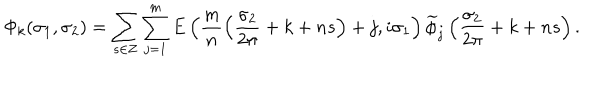
LaTeX: \Phi _ { k } ( \sigma _ { 1 } , \sigma _ { 2 } ) = \sum _ { s \in { \bf Z } } \sum _ { j = 1 } ^ { m } E \left( \frac { m } { n } \left( \frac { \sigma _ { 2 } } { 2 \pi } + k + n s \right) + j , i \sigma _ { 1 } \right) \widetilde { \phi } _ { j } \left( \frac { \sigma _ { 2 } } { 2 \pi } + k + n s \right) .